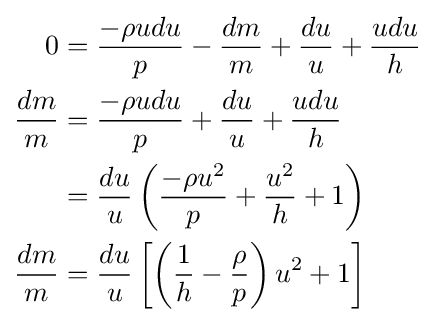
{\begin{aligned}0&={\frac {-\rho udu}{p}}-{\frac {dm}{m}}+{\frac {du}{u}}+{\frac {udu}{h}}\\{\frac {dm}{m}}&={\frac {-\rho udu}{p}}+{\frac {du}{u}}+{\frac {udu}{h}}\\&={\frac {du}{u}}\left({\frac {-\rho u^{2}}{p}}+{\frac {u^{2}}{h}}+1\right)\\{\frac {dm}{m}}&={\frac {du}{u}}\left[\left({\frac {1}{h}}-{\frac {\rho }{p}}\right)u^{2}+1\right]\end{aligned}}